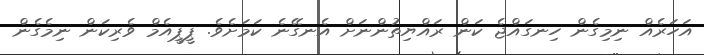
އަހަރެއް ނިމިގެން ހިނގައްޖެ ކަން ރައްޔިތުންނަށް އެނގޭނެ ކަމަށެވެ. ޕީޕީއެމް ވެރިކަން ނިމެގެން